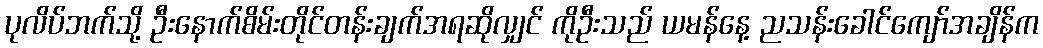
ပုလိပ်ဘက်သို့ ဦးနောက်စိမ်းတိုင်တန်းချက်အရဆိုလျှင် ကိုဦးသည် ယမန်နေ့ ညသန်းခေါင်ကျော်အချိန်က